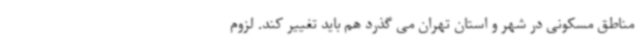
مناطق مسکونی در شهر و استان تهران می گذرد هم باید تغییر کند. لزوم